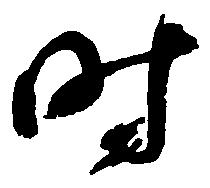
時